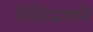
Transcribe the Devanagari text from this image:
विविधतायें